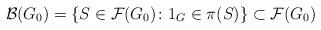
LaTeX: \begin{align*}\mathcal B (G_0) = \{ S \in \mathcal F (G_0) \colon 1_G \in \pi (S) \} \subset \mathcal F (G_0)\end{align*}